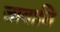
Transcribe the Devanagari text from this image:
जावालि